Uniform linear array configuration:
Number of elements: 24
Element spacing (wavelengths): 0.25
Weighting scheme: cosine
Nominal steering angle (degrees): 0
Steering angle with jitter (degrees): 1.395
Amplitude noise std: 0.05
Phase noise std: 0.05

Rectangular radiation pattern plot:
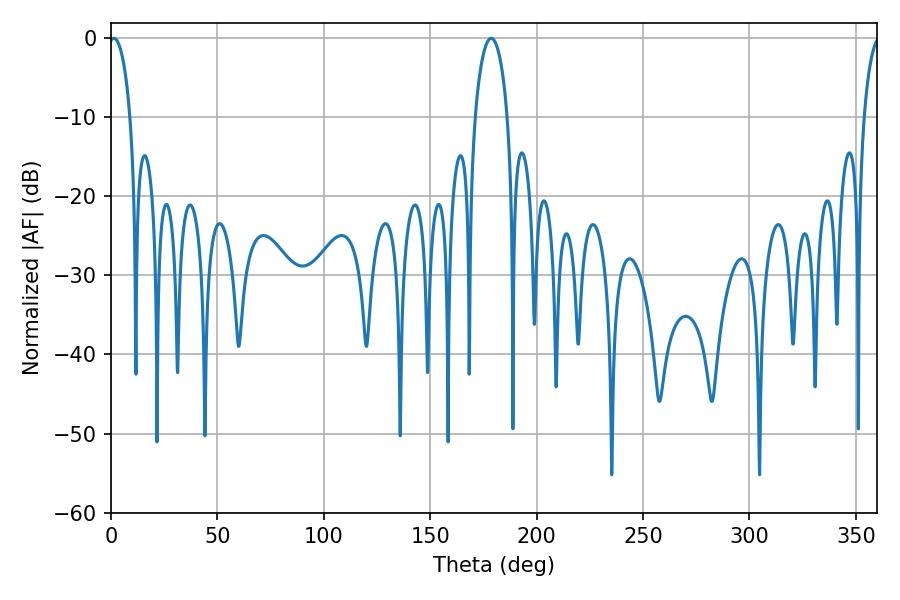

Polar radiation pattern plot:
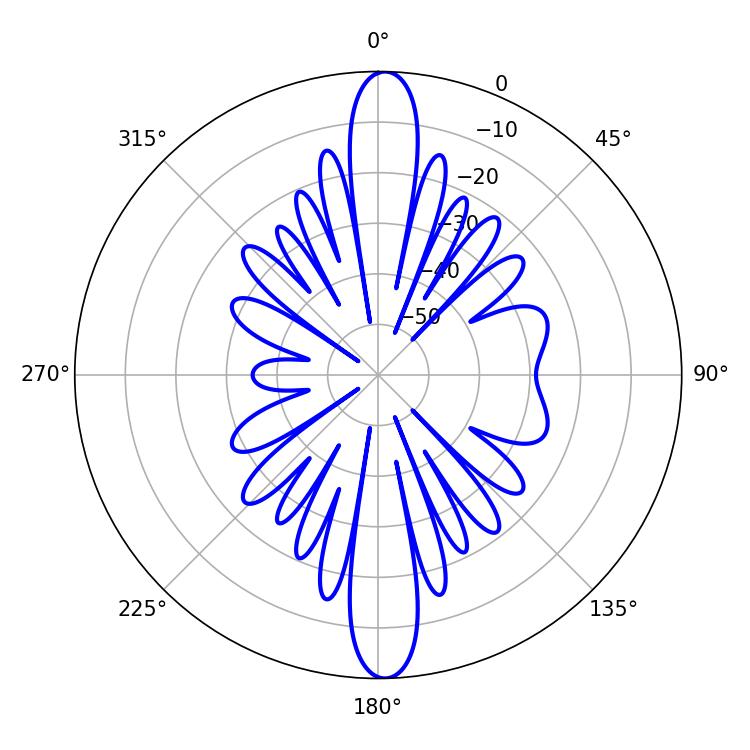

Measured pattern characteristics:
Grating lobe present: FALSE
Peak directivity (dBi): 23.068
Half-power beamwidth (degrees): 5.76
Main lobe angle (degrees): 1.44